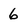
Character: 6